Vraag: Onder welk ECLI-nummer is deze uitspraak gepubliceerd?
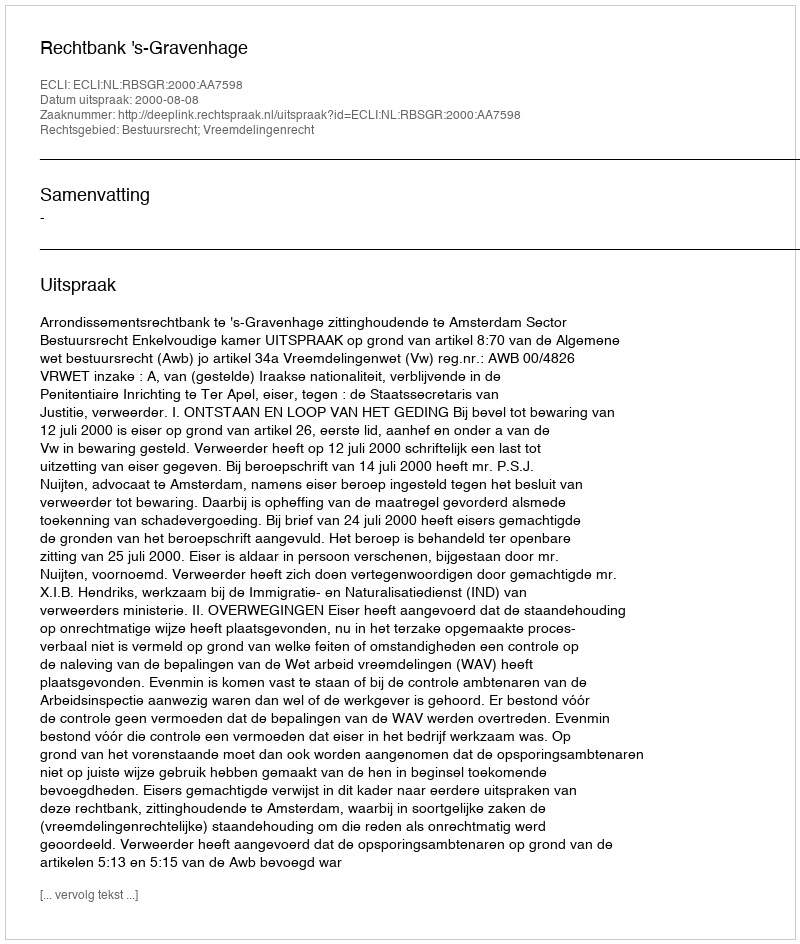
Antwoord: ECLI:NL:RBSGR:2000:AA7598